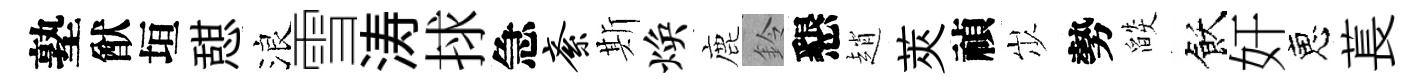
塾猷垣憇浪雪涛捄急紊斯焕鹿鈴懇趙莢禎𡵯勢燄飫奸恵萇